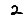
Digit: 2